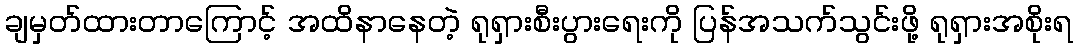
ချမှတ်ထားတာကြောင့် အထိနာနေတဲ့ ရုရှားစီးပွားရေးကို ပြန်အသက်သွင်းဖို့ ရုရှားအစိုးရ